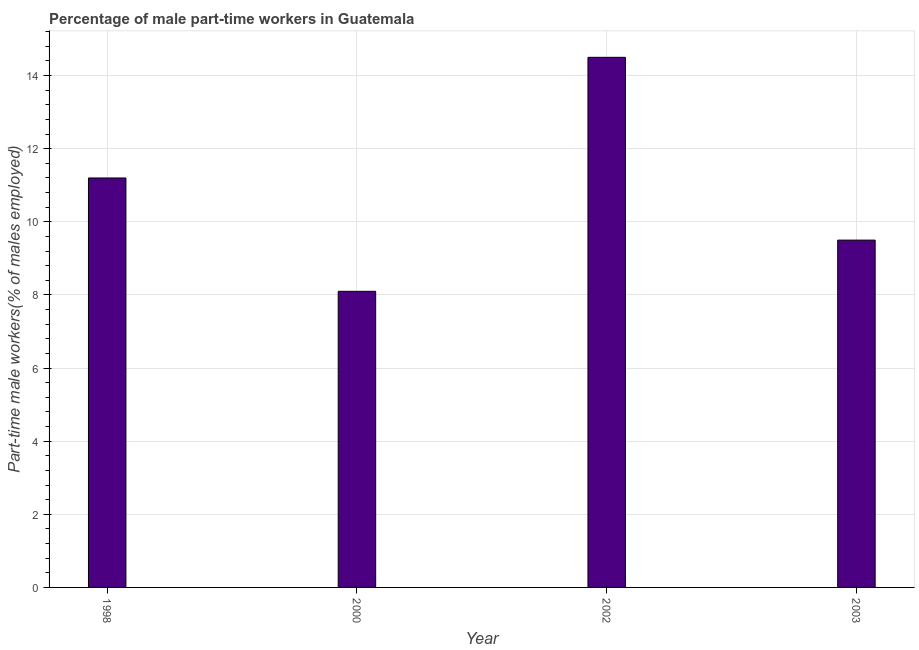
| Year | Part time employment |
 | --- | --- |
 | 1998 | 11.2 |
 | 2000 | 8.1 |
 | 2002 | 14.5 |
 | 2003 | 9.5 |